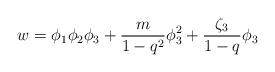
LaTeX: \begin{align*}w = \phi_1\phi_2\phi_3 +\frac {m}{1-q^2}\phi_3^2 +\frac{\zeta_3}{1-q}\phi_3\end{align*}